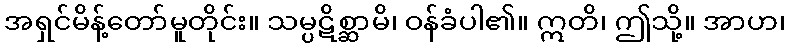
အရှင်မိန့်တော်မူတိုင်း။ သမ္ပဋိစ္ဆာမိ၊ ဝန်ခံပါ၏။ ဣတိ၊ ဤသို့။ အာဟ၊